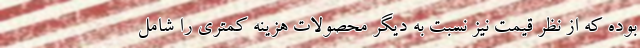
بوده که از نظر قیمت نیز نسبت به دیگر محصولات هزینه کمتری را شامل